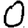
Digit: 0